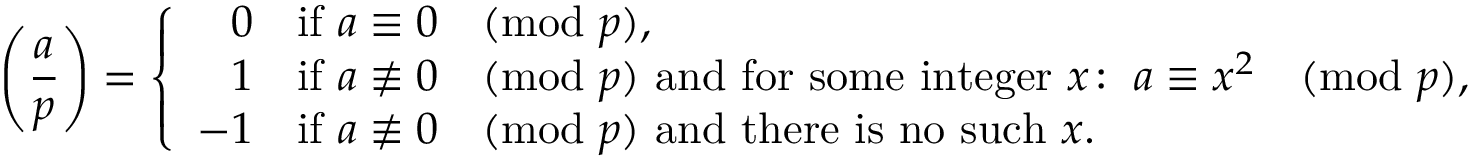
\left( { \frac { a } { p } } \right) = \left\{ { \begin{array} { r l } { 0 } & { { \mathrm { i f ~ } } a \equiv 0 { \pmod { p } } , } \\ { 1 } & { { \mathrm { i f ~ } } a \not \equiv 0 { \pmod { p } } { \mathrm { ~ a n d ~ f o r ~ s o m e ~ i n t e g e r ~ } } x \colon \; a \equiv x ^ { 2 } { \pmod { p } } , } \\ { - 1 } & { { \mathrm { i f ~ } } a \not \equiv 0 { \pmod { p } } { \mathrm { ~ a n d ~ t h e r e ~ i s ~ n o ~ s u c h ~ } } x . } \end{array} } \right.